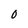
Character: 0